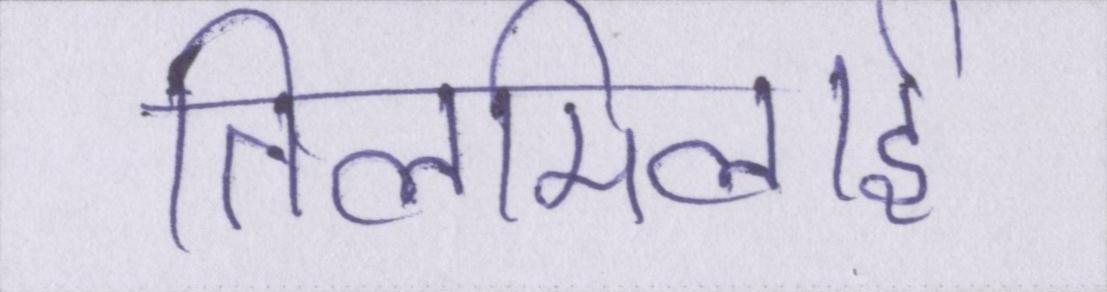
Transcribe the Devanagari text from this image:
तिलमिलाई